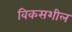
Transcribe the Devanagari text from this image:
विकसशील